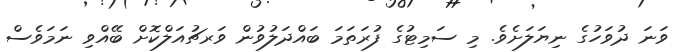
ވަނަ ދުވަހުގެ ނިޔަލަށެވެ. މި ސަމިޓުގެ ފުރަތަމަ ބައްދަލުވުން ވަރޗުއަލްކޮށް ބޭއްވި ނަމަވެސް